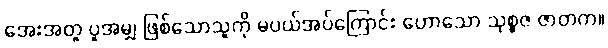
အေးအတူ ပူအမျှ ဖြစ်သောသူကို မပယ်အပ်ကြောင်း ဟောသော သုစ္စဇ ဇာတက။